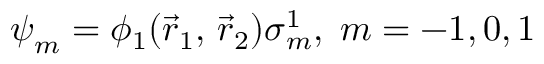
{ \boldsymbol { \psi } } _ { m } = \phi _ { 1 } ( { \vec { r } } _ { 1 } , \, { \vec { r } } _ { 2 } ) { \boldsymbol { \sigma } } _ { m } ^ { 1 } , \; m = - 1 , 0 , 1